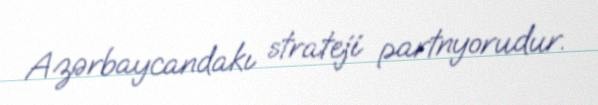
Azərbaycandakı strateji partnyorudur.